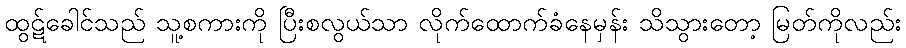
ထွဋ်ခေါင်သည် သူ့စကားကို ပြီးစလွယ်သာ လိုက်ထောက်ခံနေမှန်း သိသွားတော့ မြတ်ကိုလည်း